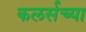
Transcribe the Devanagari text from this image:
कलर्सच्या